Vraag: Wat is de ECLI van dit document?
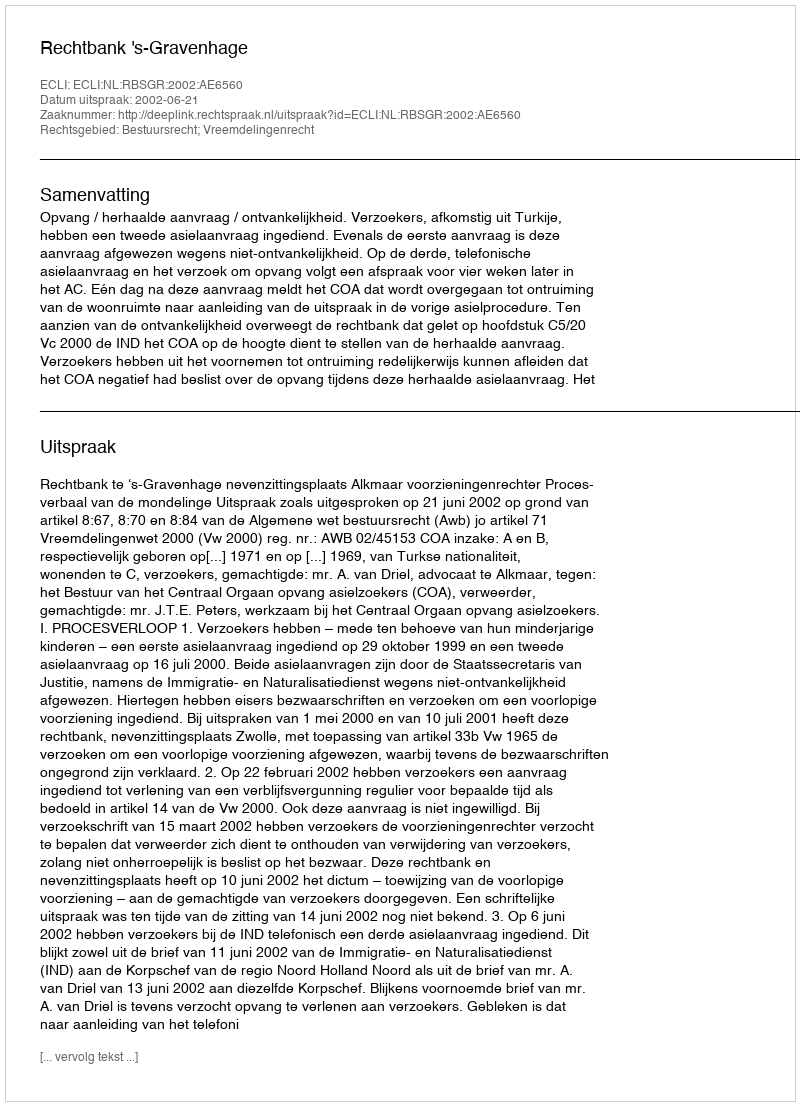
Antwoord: ECLI:NL:RBSGR:2002:AE6560